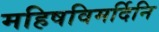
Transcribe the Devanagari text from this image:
महिषविमर्दिनि